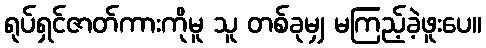
ရုပ်ရှင်ဇာတ်ကားကိုမူ သူ တစ်ခုမျှ မကြည့်ခဲ့ဖူးပေ။